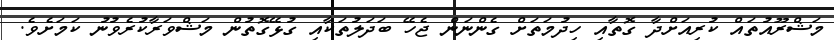
މަޝްރޫއުތައް ކުރިއަށްދާ ގޮތާއި ހިދުމަތަށް ގެންނަން ޖެހޭ ބަދަލުތަކާއި ގުޅޭގޮތުން މަޝްވަރާކުރެވުނު ކަމަށެވެ.